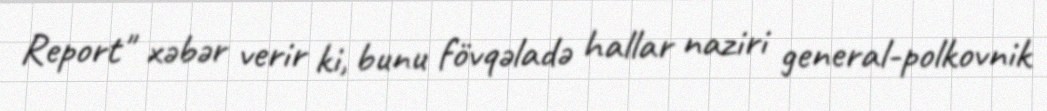
Report" xəbər verir ki, bunu fövqəladə hallar naziri general-polkovnik